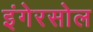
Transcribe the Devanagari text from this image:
इंगेरसोल